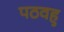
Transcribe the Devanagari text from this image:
पठवहु